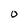
Character: 0